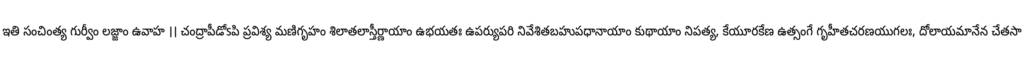
ఇతి సంచింత్య గుర్వీం లజ్జాం ఉవాహ ।। చంద్రాపీడోsపి ప్రవిశ్య మణిగృహం శిలాతలాస్తీర్ణాయాం ఉభయతః ఉపర్యుపరి నివేశితబహుపధానాయాం కుథాయాం నిపత్య, కేయూరకేణ ఉత్సంగే గృహీతచరణయుగలః, దోలాయమానేన చేతసా